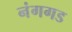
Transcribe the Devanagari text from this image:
नंगगड